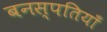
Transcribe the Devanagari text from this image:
बनस्पतियाँ